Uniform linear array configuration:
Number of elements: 4
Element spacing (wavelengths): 1
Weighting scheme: exponential
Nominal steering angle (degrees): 30
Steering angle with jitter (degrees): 29.472
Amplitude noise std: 0.05
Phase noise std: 0.05

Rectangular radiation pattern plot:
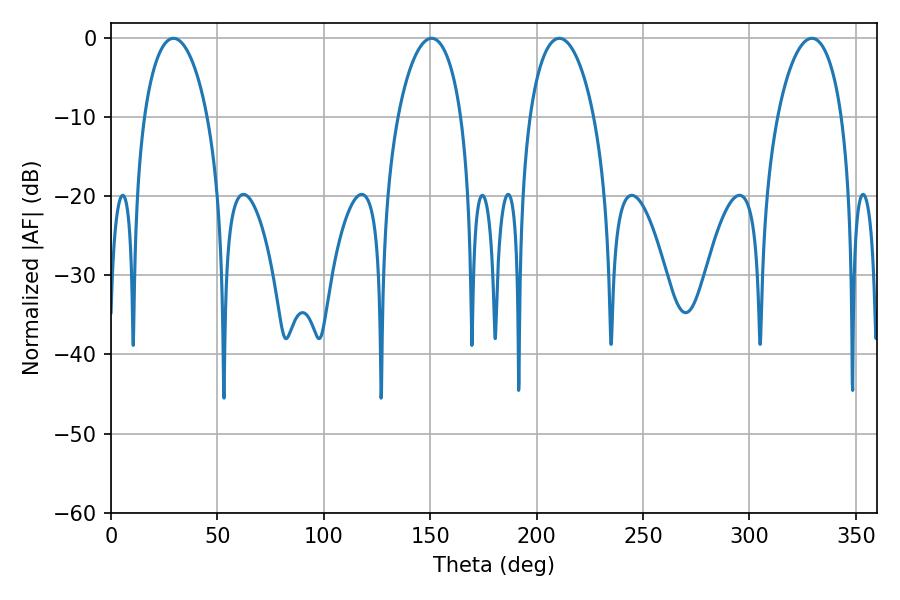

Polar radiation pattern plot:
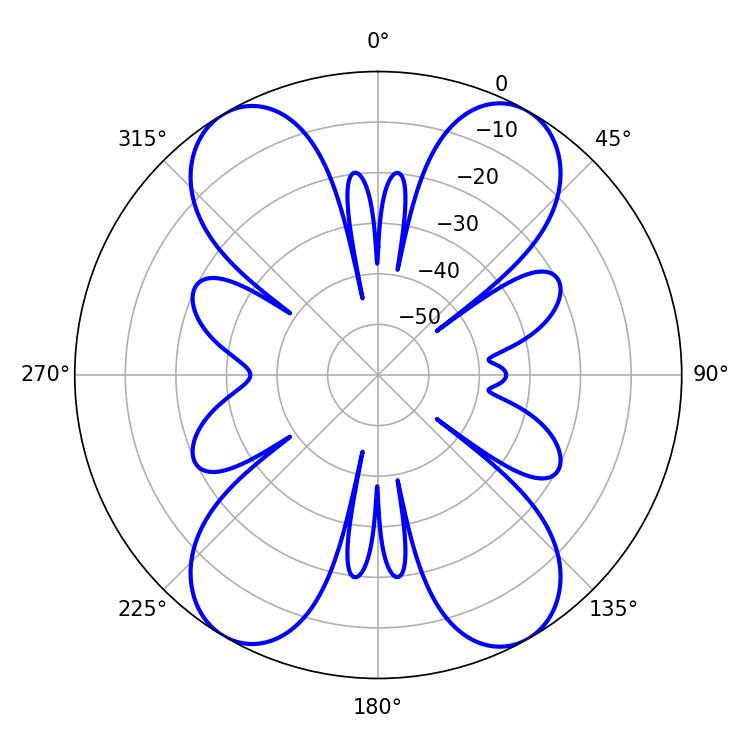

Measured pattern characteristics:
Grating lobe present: TRUE
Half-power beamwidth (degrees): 16.92
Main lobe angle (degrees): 29.34